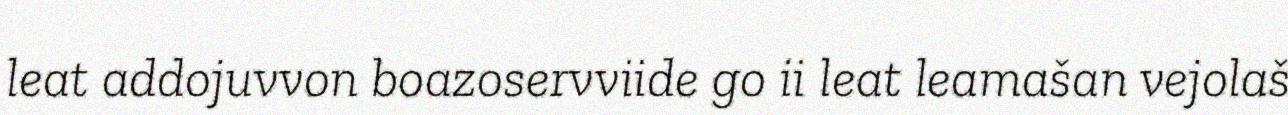
leat addojuvvon boazoservviide go ii leat leamašan vejolaš